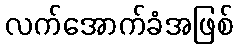
လက်အောက်ခံအဖြစ်